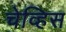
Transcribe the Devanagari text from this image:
चेव्हिस